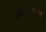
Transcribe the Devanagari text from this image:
कालप्रकरण